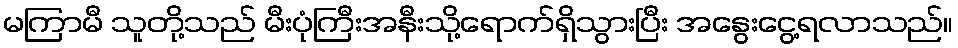
မကြာမီ သူတို့သည် မီးပုံကြီးအနီးသို့ရောက်ရှိသွားပြီး အနွေးငွေ့ရလာသည်။